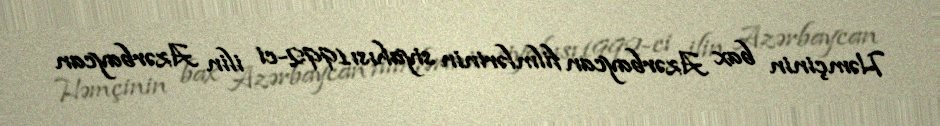
Həmçinin bax Azərbaycan filmlərinin siyahısı1992-ci ilin Azərbaycan